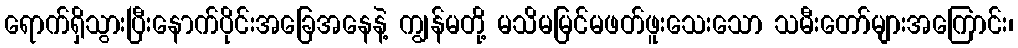
ရောက်ရှိသွားပြီးနောက်ပိုင်းအခြေအနေနဲ့ ကျွန်မတို့ မသိမမြင်မဖတ်ဖူးသေးသော သမီးတော်များအကြောင်း၊